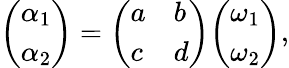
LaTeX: {\left(\begin{array}{l}{\alpha_{1}}\\ {\alpha_{2}}\end{array}\right)}={\left(\begin{array}{ll}{a}&{b}\\ {c}&{d}\end{array}\right)}{\left(\begin{array}{l}{\omega_{1}}\\ {\omega_{2}}\end{array}\right)},